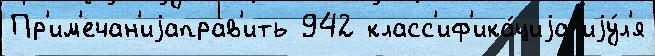
Пр'им'ечан'иjаправ'ить 942 класс'иф'ика́циjа иjу́л'я